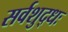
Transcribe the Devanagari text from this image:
सर्वशुद्धः